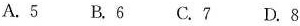
A.5 B.6C.7D.8